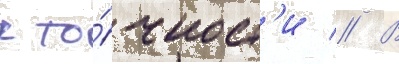
к то́чност'и // В